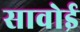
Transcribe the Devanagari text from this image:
सावोई